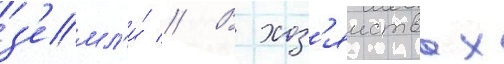
з'емл'и́ // В хоз'яиствах